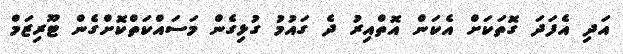
އަދި އެފަދަ ގޮތަކަށް އެކަން އޮތްއިރު ދެ ގައުމު ގުޅިގެން މަސައްކަތްކޮށްގެން ޓޫރިޒަމް